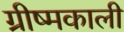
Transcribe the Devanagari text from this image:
ग्रीष्मकाली